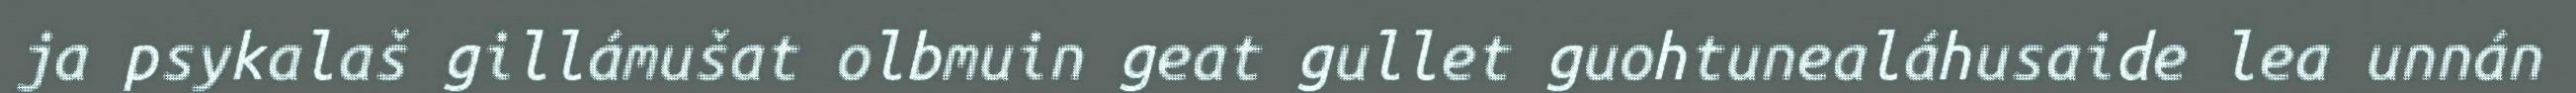
ja psykalaš gillámušat olbmuin geat gullet guohtunealáhusaide lea unnán